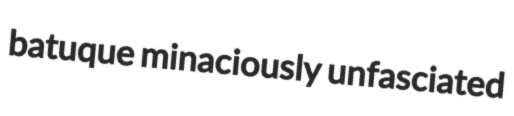
batuque minaciously unfasciated